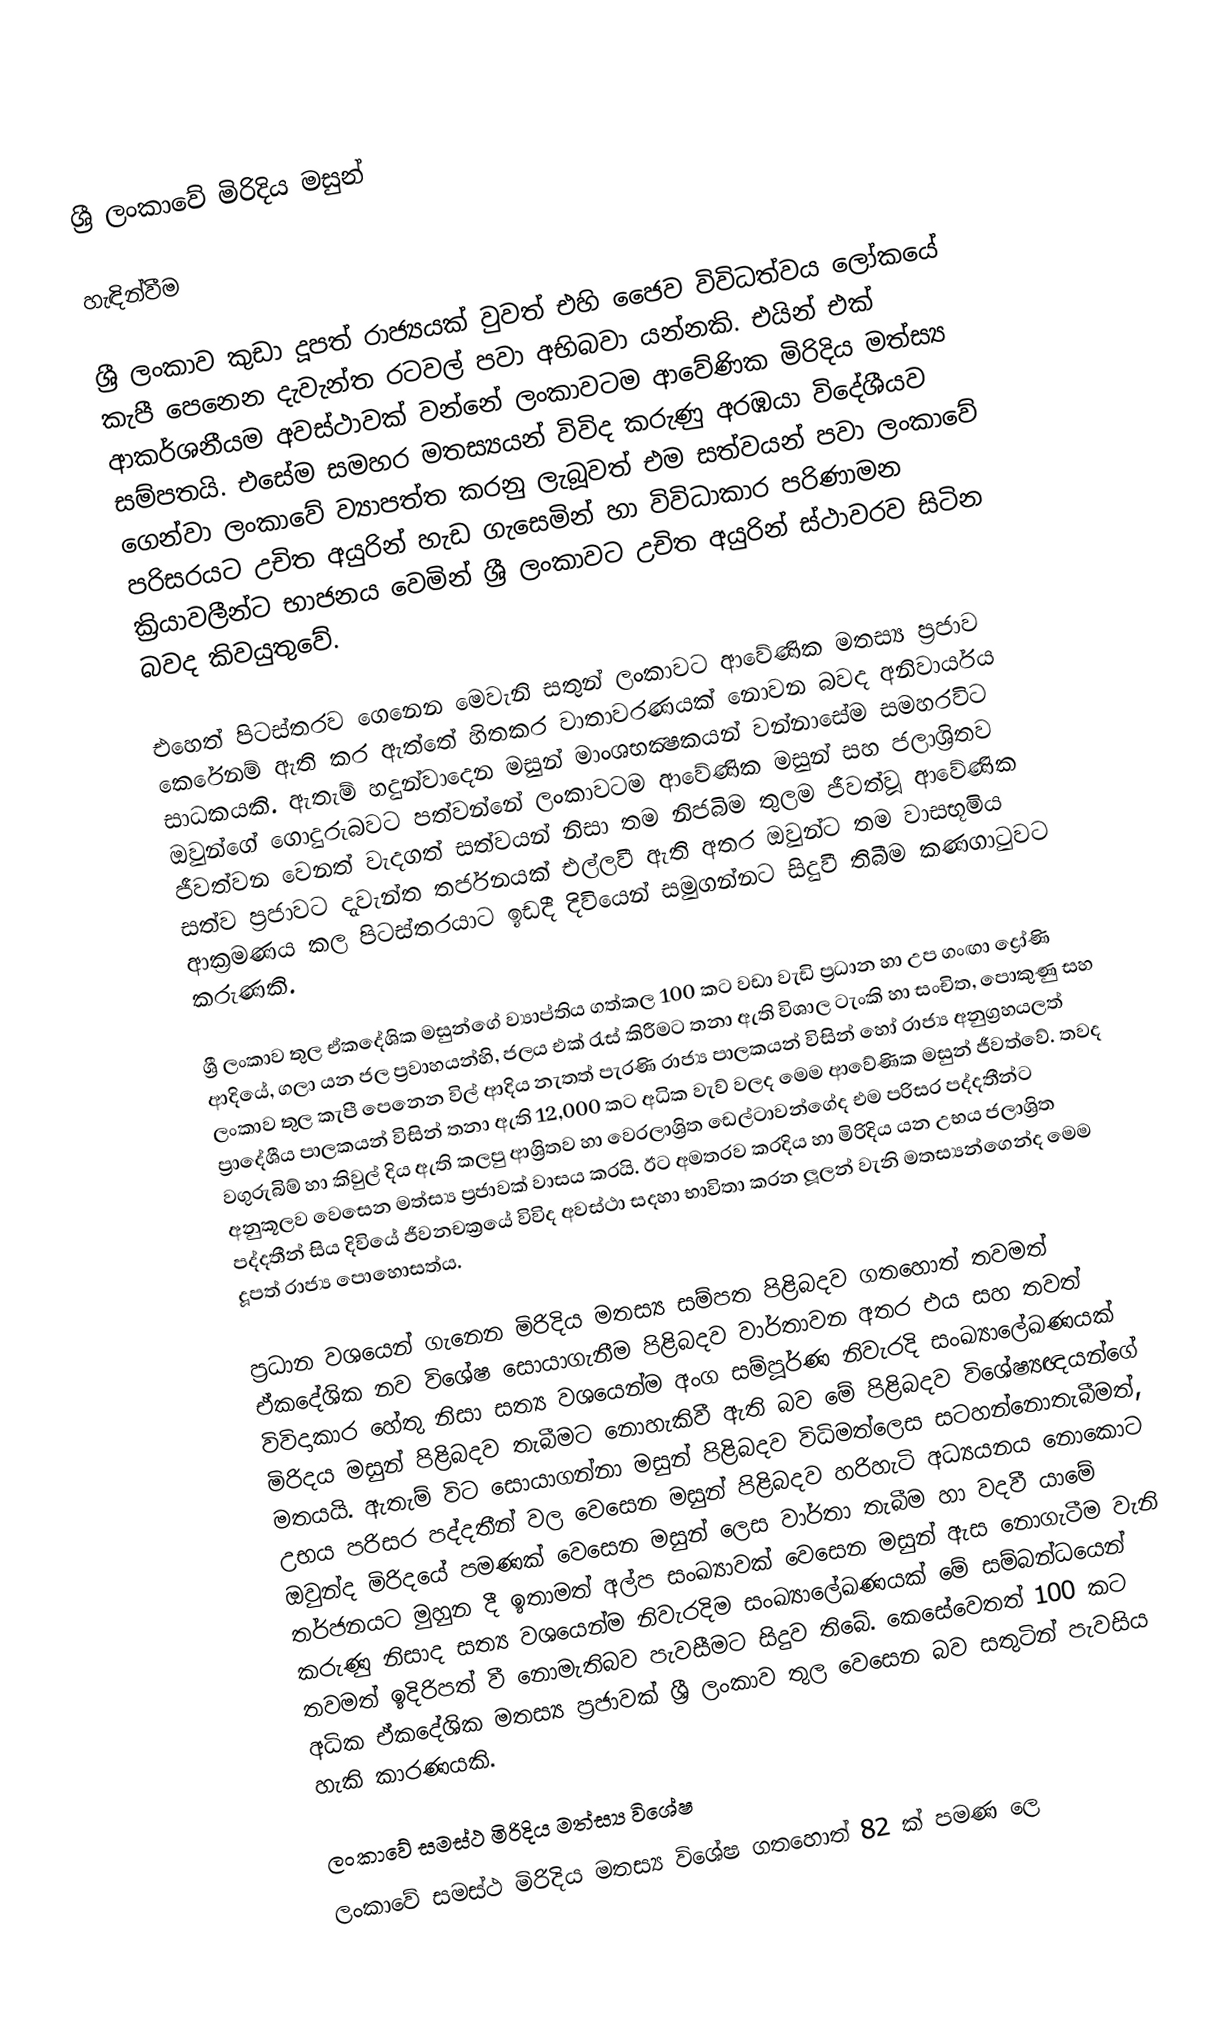

ශ්‍රී ලංකාවේ මිරිදිය මසුන්

හැඳින්වීම

ශ්‍රී ලංකාව කුඩා දූපත් රාජ්‍යයක් වුවත් එහි ජෛව විවිධත්වය ලෝකයේ කැපී පෙනෙන දැවැන්ත රටවල් පවා අභිබවා යන්නකි. එයින් එක් ආකර්ශනීයම අවස්ථාවක් වන්නේ ලංකාවටම ආවේණික මිරිදිය මත්‍ස්‍ය සම්පතයි. එසේම සමහර මතස්‍යයන් විවිද කරුණු අරඹයා විදේශීයව ගෙන්වා ලංකාවේ ව්‍යාපත්ත කරනු ලැබූවත් එම සත්වයන් පවා ලංකාවේ පරිසරයට උචිත අයුරින් හැඩ ගැසෙමින් හා විවිධාකාර පරිණාමන ක්‍රියාවලීන්ට භාජනය වෙමින් ශ්‍රී ලංකාවට උචිත අයුරින් ස්ථාවරව සිටින බවද කිවයුතුවේ.

එහෙත් පිටස්තරව ගෙනෙන මෙවැනි සතුන් ලංකාවට ආවේණික මතස්‍ය ප්‍රජාව කෙරේනම් ඇති කර ඇත්තේ හිතකර වාතාවරණයක් නොවන බවද අනිවාර්යය සාධකයකි. ඇතැම් හදුන්වාදෙන මසුන් මාංශභක්‍ෂකයන් වන්නාසේම සමහරවිට ඔවුන්ගේ ගොදුරුබවට පත්වන්නේ ලංකාවටම ආවේණික මසුන් සහ ජලාශ්‍රිතව ජීවත්වන වෙනත් වැදගත් සත්වයන් නිසා තම නිජබිම තුලම ජීවත්වූ ආවේණික සත්ව ප්‍රජාවට දැවැන්ත තර්ජනයක් එල්ලවී ඇති අතර ඔවුන්ට තම වාසභූමිය ආක්‍රමණය කල පිටස්තරයාට ඉඩදී දිවියෙන් සමුගන්නට සිදුවී තිබීම කණගාටුවට කරුණකි.

ශ්‍රී ලංකාව තුල ඒකදේශික මසුන්ගේ ව්‍යාප්තිය ගත්කල 100 කට වඩා වැඩි ප්‍රධාන හා උප ගංඟා ද්‍රෝණි ආදියේ, ගලා යන ජල ප්‍රවාහයන්හි, ජලය එක් රැස් කිරීමට තනා ඇති විශාල ටැංකි හා සංචිත, පොකුණු සහ ලංකාව තුල කැපී පෙනෙන විල් ආදිය නැතත් පැරණි රාජ්‍ය පාලකයන් විසින් හෝ රාජ්‍ය අනුග්‍රහයලත් ප්‍රාදේශීය පාලකයන් විසින් තනා ඇති 12,000 කට අධික වැව් වලද මෙම ආවේණික මසුන් ජීවත්වේ. තවද වගුරුබිම් හා කිවුල් දිය ඇති කලපු ආශ්‍රිතව හා වෙරලාශ්‍රිත ඩෙල්ටාවන්ගේද එම පරිසර පද්දතීන්ට අනුකූලව වෙසෙන මත්ස්‍ය ප්‍රජාවක් වාසය කරයි. ඊට අමතරව කරදිය හා මිරිදිය යන උභය ජලාශ්‍රිත පද්දතීන් සිය දිවියේ ජීවනචක්‍රයේ විවිද අවස්ථා සදහා භාවිතා කරන ලූලන් වැනි මතස්‍යන්ගෙන්ද මෙම දූපත් රාජ්‍ය පොහොසත්ය.

ප්‍රධාන වශයෙන් ගැනෙන මිරිදිය මතස්‍ය සම්පත පිළිබදව ගතහොත් තවමත් ඒකදේශික නව විශේෂ සොයාගැනීම පිළිබදව වාර්තාවන අතර එය සහ තවත් විවිදාකාර හේතු නිසා සත්‍ය වශයෙන්ම අංග සම්පූර්ණ නිවැරදි සංඛ්‍යාලේඛණයක් මිරිදය මසුන් පිළිබදව තැබීමට නොහැකිවී ඇති බව මේ පිළිබදව විශේෂ්‍යඥයන්ගේ මතයයි. ඇතැම් විට සොයාගන්නා මසුන් පිළිබදව විධිමත්ලෙස සටහන්නොතැබීමත්, උභය පරිසර පද්දතීන් වල වෙසෙන මසුන් පිළිබදව හරිහැටි අධ්‍යයනය නොකොට ඔවුන්ද මිරිදයේ පමණක් වෙසෙන මසුන් ලෙස වාර්තා තැබීම හා වදවී යාමේ තර්ජනයට මුහුන දී ඉතාමත් අල්ප සංඛ්‍යාවක් වෙසෙන මසුන් ඇස නොගැටීම වැනි කරුණු නිසාද සත්‍ය වශයෙන්ම නිවැරදිම සංඛ්‍යාලේඛණයක් මේ සම්බන්ධයෙන් තවමත් ඉදිරිපත් වී නොමැතිබව පැවසීමට සිදුව තිබේ. කෙසේවෙතත් 100 කට අධික ඒකදේශික මතස්‍ය ප්‍රජාවක් ශ්‍රී ලංකාව තුල වෙසෙන බව සතුටින් පැවසිය හැකි කාරණයකි.

ලංකාවේ සමස්ථ මිරිදිය මත්ස්‍ය  විශේෂ
ලංකාවේ සමස්ථ මිරිදිය මතස්‍ය විශේෂ ගතහොත් 82 ක් පමණ ලෙ